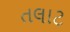
તલાટ